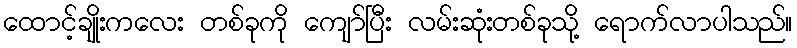
ထောင့်ချိုးကလေး တစ်ခုကို ကျော်ပြီး လမ်းဆုံးတစ်ခုသို့ ရောက်လာပါသည်။